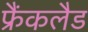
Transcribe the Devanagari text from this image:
फ्रैंकलैड